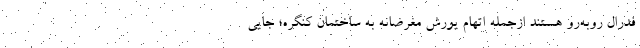
فدرال روبه‌رو هستند ازجمله اتهام یورش مغرضانه به ساختمان کنگره؛ جایی